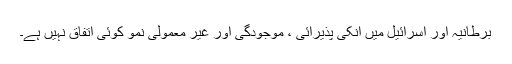
برطانیہ اور اسرائیل میں انکی پذیرائی ، موجودگی اور غیر معمولی نمو کوئی اتفاق نہیں ہے۔